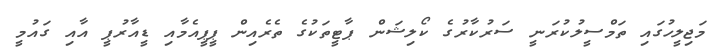
މަޖިލީހުގައި ތަމްސީލުކުރަނީ ސަރުކާރުގެ ކޯލިޝަން ޕާޓީތަކުގެ ތެރެއިން ޕީޕީއެމާއި ޑީއާރުޕީ އާއި ގައުމީ